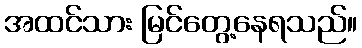
အထင်သား မြင်တွေ့နေရသည်။